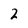
Character: 2